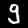
Digit: 9